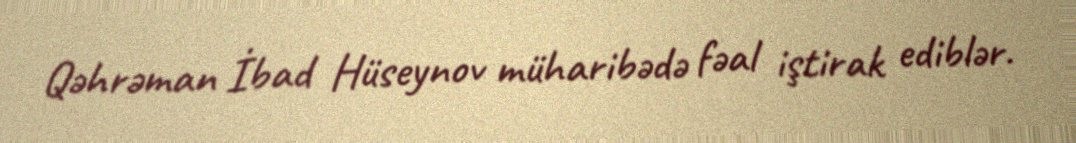
Qəhrəman İbad Hüseynov müharibədə fəal iştirak ediblər.